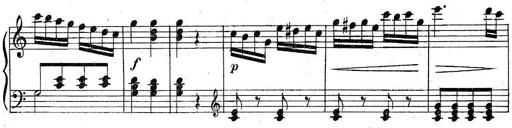
Title: 6 Easy Sonatinas
Composer: Carl Czerny